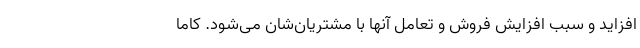
افزاید و سبب افزایش فروش و تعامل آنها با مشتریان‌شان می‌شود. کاما